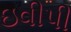
ઇવીપી